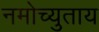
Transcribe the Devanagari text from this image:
नमोच्युताय